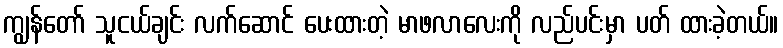
ကျွန်တော် သူငယ်ချင်း လက်ဆောင် ပေးထားတဲ့ မာဖလာလေးကို လည်ပင်းမှာ ပတ် ထားခဲ့တယ်။